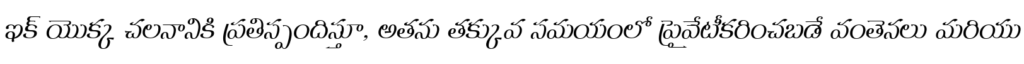
ఇక్ యొక్క చలనానికి ప్రతిస్పందిస్తూ, అతను తక్కువ సమయంలో ప్రైవేటీకరించబడే వంతెనలు మరియు